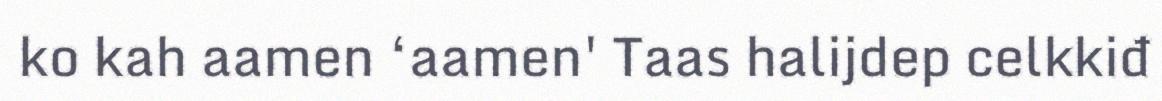
ko kah aamen ‘aamen' Taas halijdep celkkiđ